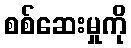
စစ်ဆေးမှုကို